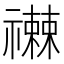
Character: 𥜕